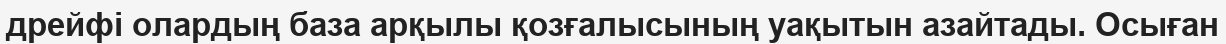
дрейфі олардың база арқылы қозғалысының уақытын азайтады. Осыған